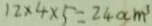
1 2 \times 4 \times 5 = 2 4 0 c m ^ { 3 }